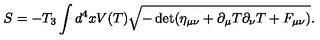
S = - T _ { 3 } \int d ^ { 4 } x V ( T ) \sqrt { - \det ( \eta _ { \mu \nu } + \partial _ { \mu } T \partial _ { \nu } T + F _ { \mu \nu } ) } .